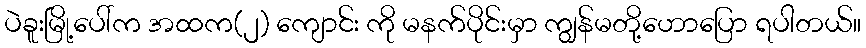
ပဲခူးမြို့ပေါ်က အထက(၂) ကျောင်း ကို မနက်ပိုင်းမှာ ကျွန်မတို့ဟောပြော ရပါတယ်။